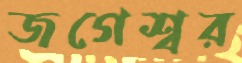
জগেশ্বর